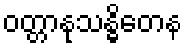
ဝတ္တာနုသန္ဓိတေန